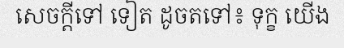
សេចក្តីទៅ ទៀត ដូចតទៅ៖ ទុក្ខ យើង